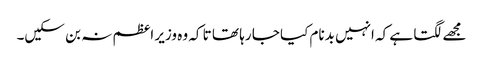
مجھے لگتا ہے کہ انہیں بدنام کیا جا رہا تھا تا کہ وہ وزیر اعظم نہ بن سکیں۔